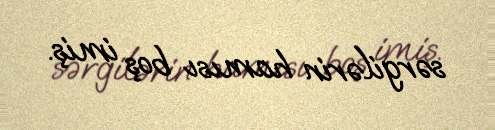
sərgilərin hamısı boş imiş.